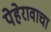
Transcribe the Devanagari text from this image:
पेहेरावाचा